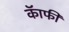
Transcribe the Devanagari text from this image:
कॅाफी